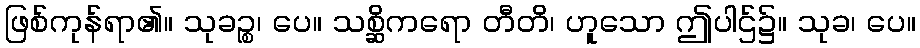
ဖြစ်ကုန်ရာ၏။ သုခဉ္စ၊ ပေ။ သစ္ဆိကရော တီတိ၊ ဟူသော ဤပါဌ်၌။ သုခ၊ ပေ။